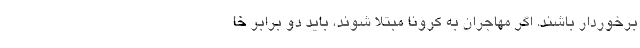
برخوردار باشند. اگر مهاجران به کرونا مبتلا شوند، باید دو برابر خا